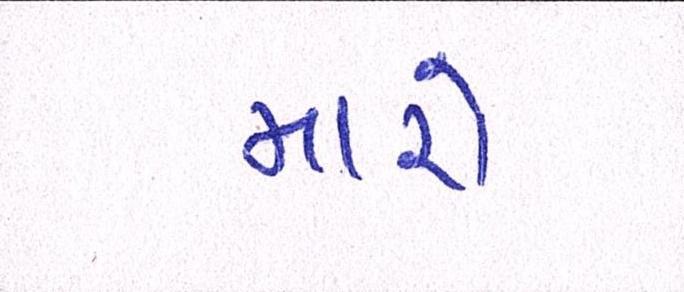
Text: મારો